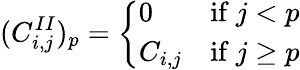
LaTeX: (C_{i,j}^{II})_{p}={\left\{ \begin{array}{ll}{0}&{{\mathrm{if~}}j<p}\\ {C_{i,j}}&{{\mathrm{if~}}j\geq p}\end{array}\right.}